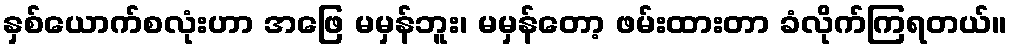
နှစ်ယောက်စလုံးဟာ အဖြေ မမှန်ဘူး၊ မမှန်တော့ ဖမ်းထားတာ ခံလိုက်ကြရတယ်။